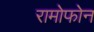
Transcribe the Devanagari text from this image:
रामोफोन